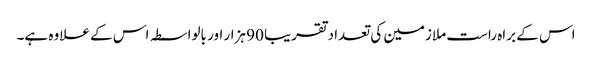
اس کے براہ راست ملازمین کی تعداد تقریبا 90 ہزار اور بالواسطہ اس کے علاوہ ہے۔